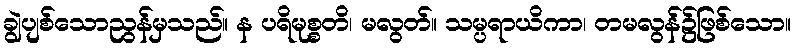
ချွဲပျစ်သောညွန်မှသည်။ န ပရိမုစ္စတိ၊ မလွတ်။ သမ္ပရာယိကာ၊ တမလွန်၌ဖြစ်သော။